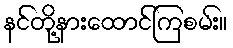
နင်တို့နားထောင်ကြစမ်း။